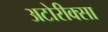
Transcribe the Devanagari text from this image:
अटोरीक्सा